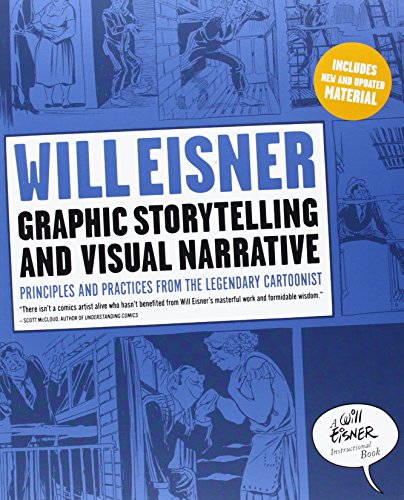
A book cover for Graphic Storytelling and Visual Narrative (Will Eisner Instructional Books); Will Eisner; Comics & Graphic Novels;